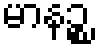
မာနဉ္စ